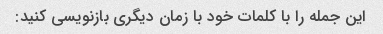
این جمله را با کلمات خود با زمان دیگری بازنویسی کنید: